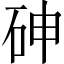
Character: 砷